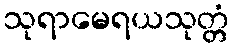
သုရာမေရယသုတ္တံ